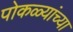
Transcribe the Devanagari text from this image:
पोकळ्यांच्या